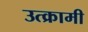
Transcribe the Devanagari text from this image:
उत्क्रामी